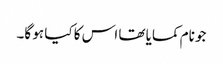
جو نام کمایا تھا اس کا کیا ہو گا۔